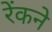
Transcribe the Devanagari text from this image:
रेंकने